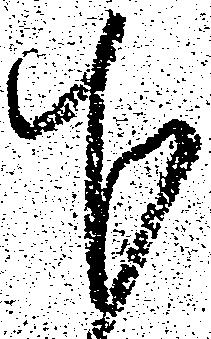
下